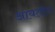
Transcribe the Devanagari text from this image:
आयतीच